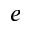
e